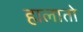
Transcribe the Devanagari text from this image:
हालातो